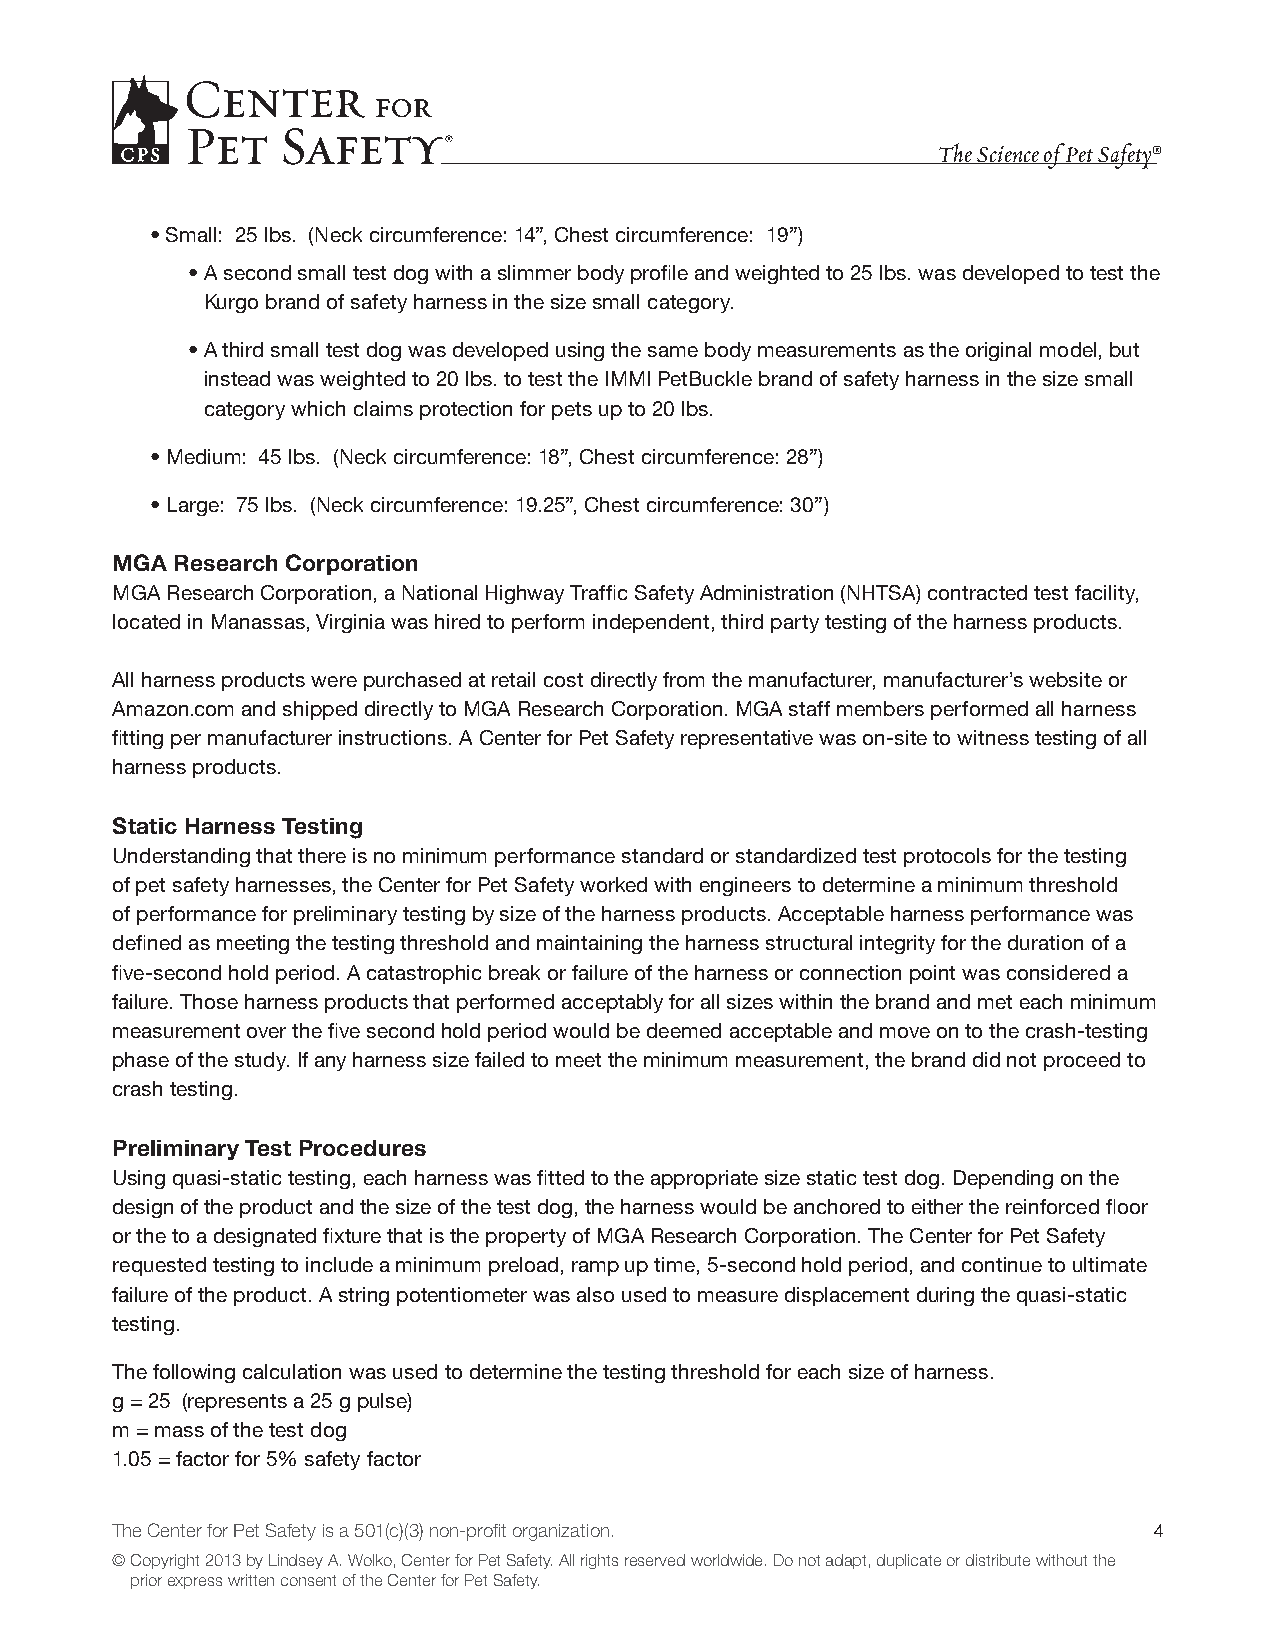
The Science of Pet Safety®
 • Small: 25 lbs. (Neck circumference: 14”, Chest circumference: 19”)
 • A second small test dog with a slimmer body profile and weighted to 25 lbs. was developed to test the
 Kurgo brand of safety harness in the size small category.
 • A third small test dog was developed using the same body measurements as the original model, but
 instead was weighted to 20 lbs. to test the IMMI PetBuckle brand of safety harness in the size small
 category which claims protection for pets up to 20 lbs.
 • Medium: 45 lbs. (Neck circumference: 18”, Chest circumference: 28”)
 • Large: 75 lbs. (Neck circumference: 19.25”, Chest circumference: 30”)
 MGA Research Corporation
 MGA Research Corporation, a National Highway Traffic Safety Administration (NHTSA) contracted test facility,
 located in Manassas, Virginia was hired to perform independent, third party testing of the harness products.
 All harness products were purchased at retail cost directly from the manufacturer, manufacturer’s website or
 Amazon.com and shipped directly to MGA Research Corporation. MGA staff members performed all harness
 fitting per manufacturer instructions. A Center for Pet Safety representative was on-site to witness testing of all
 harness products.
 Static Harness Testing
 Understanding that there is no minimum performance standard or standardized test protocols for the testing
 of pet safety harnesses, the Center for Pet Safety worked with engineers to determine a minimum threshold
 of performance for preliminary testing by size of the harness products. Acceptable harness performance was
 defined as meeting the testing threshold and maintaining the harness structural integrity for the duration of a
 five-second hold period. A catastrophic break or failure of the harness or connection point was considered a
 failure. Those harness products that performed acceptably for all sizes within the brand and met each minimum
 measurement over the five second hold period would be deemed acceptable and move on to the crash-testing
 phase of the study. If any harness size failed to meet the minimum measurement, the brand did not proceed to
 crash testing.
 Preliminary Test Procedures
 Using quasi-static testing, each harness was fitted to the appropriate size static test dog. Depending on the
 design of the product and the size of the test dog, the harness would be anchored to either the reinforced floor
 or the to a designated fixture that is the property of MGA Research Corporation. The Center for Pet Safety
 requested testing to include a minimum preload, ramp up time, 5-second hold period, and continue to ultimate
 failure of the product. A string potentiometer was also used to measure displacement during the quasi-static
 testing.
 The following calculation was used to determine the testing threshold for each size of harness.
 g = 25 (represents a 25 g pulse)
 m = mass of the test dog
 1.05 = factor for 5% safety factor
 The Center for Pet Safety is a 501(c)(3) non-profit organization.    4
 © Copyright 2013 by Lindsey A. Wolko, Center for Pet Safety. All rights reserved worldwide. Do not adapt, duplicate or distribute without the
 prior express written consent of the Center for Pet Safety.